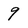
Character: 9